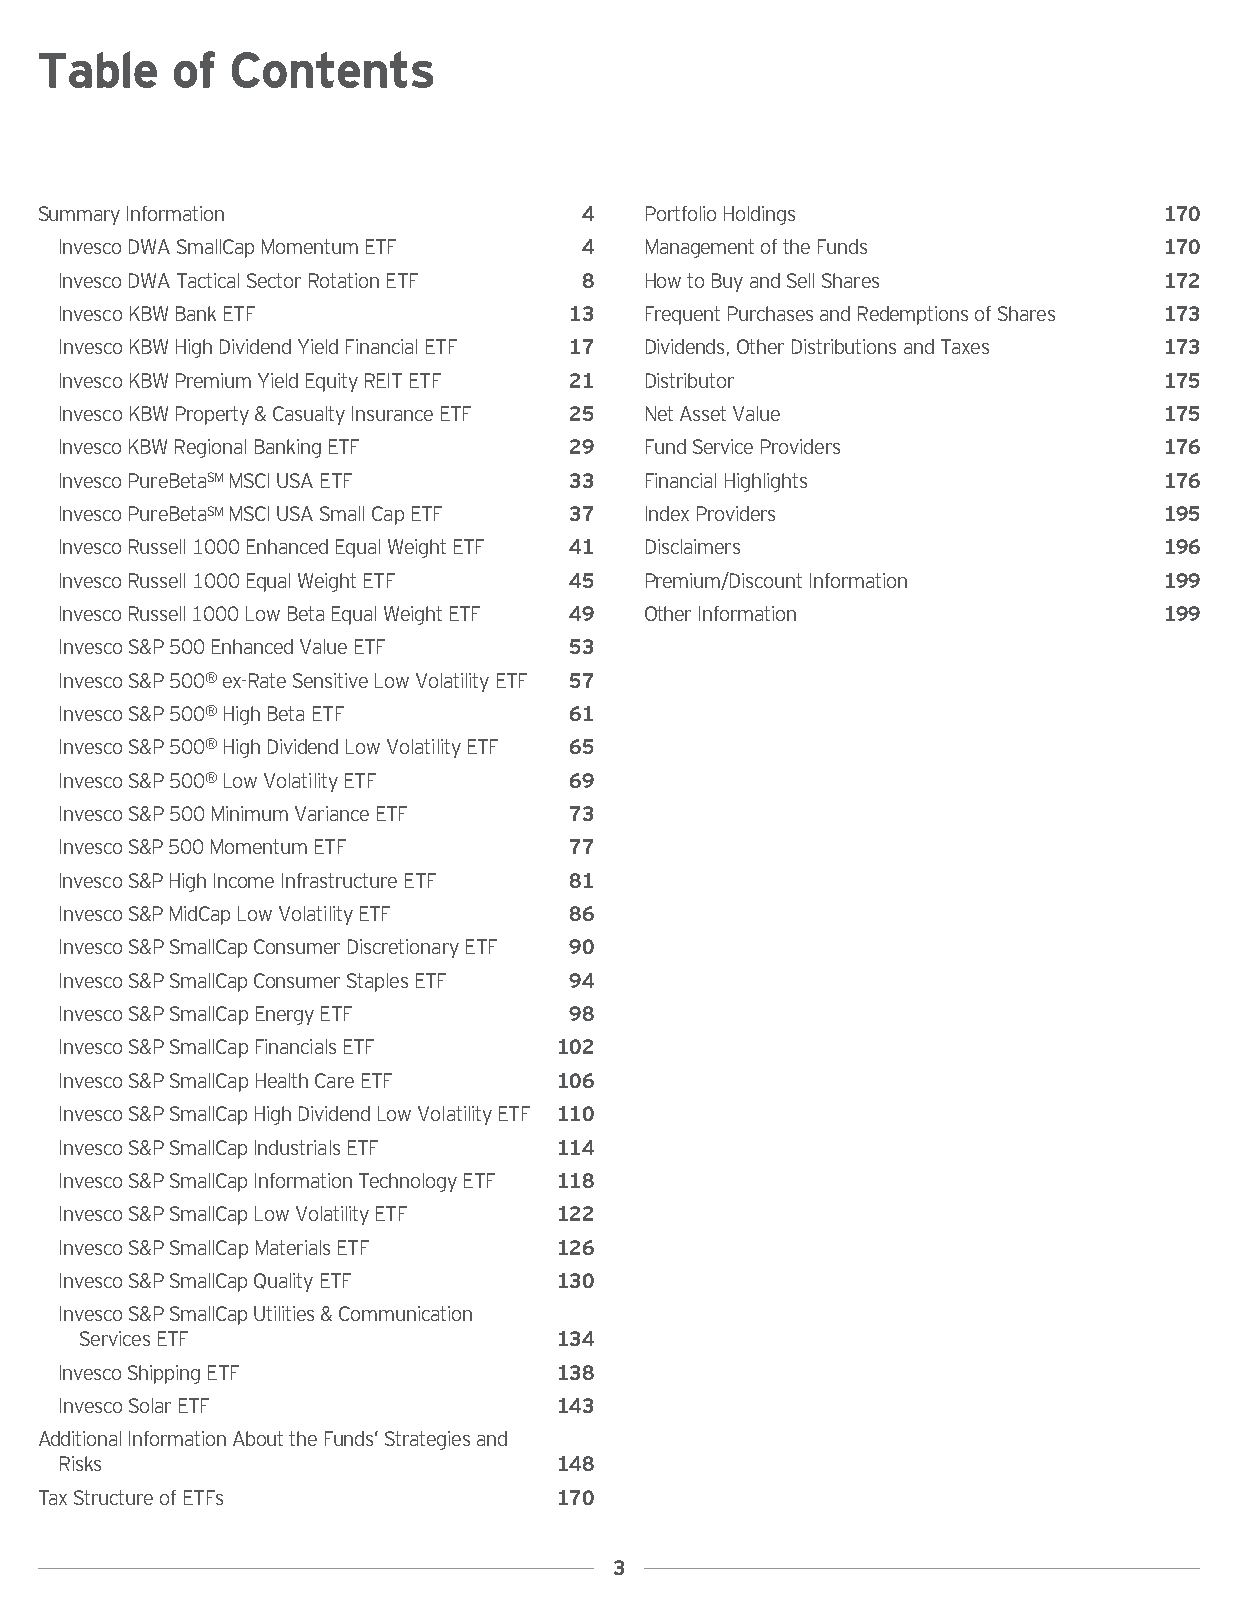
Table    of  Contents
 SummaryInformation                  4    PortfolioHoldings                 170
 InvescoDWASmallCapMomentumETF     4    ManagementoftheFunds              170
 InvescoDWATacticalSectorRotationETF 8  HowtoBuyandSellShares             172
 InvescoKBWBankETF                 13   FrequentPurchasesandRedemptionsofShares 173
 InvescoKBWHighDividendYieldFinancialETF 17 Dividends,OtherDistributionsandTaxes 173
 InvescoKBWPremiumYieldEquityREITETF 21 Distributor                       175
 InvescoKBWProperty&CasualtyInsuranceETF 25 NetAssetValue                 175
 InvescoKBWRegionalBankingETF      29   FundServiceProviders              176
 InvescoPureBetaSMMSCIUSAETF       33   FinancialHighlights               176
 InvescoPureBetaSMMSCIUSASmallCapETF 37 IndexProviders                    195
 InvescoRussell1000EnhancedEqualWeightETF 41 Disclaimers                  196
 InvescoRussell1000EqualWeightETF  45   Premium/DiscountInformation       199
 InvescoRussell1000LowBetaEqualWeightETF 49 OtherInformation              199
 InvescoS&P500EnhancedValueETF     53
 InvescoS&P500®ex-RateSensitiveLowVolatilityETF 57
 InvescoS&P500®HighBetaETF         61
 InvescoS&P500®HighDividendLowVolatilityETF 65
 InvescoS&P500®LowVolatilityETF    69
 InvescoS&P500MinimumVarianceETF   73
 InvescoS&P500MomentumETF          77
 InvescoS&PHighIncomeInfrastructureETF 81
 InvescoS&PMidCapLowVolatilityETF  86
 InvescoS&PSmallCapConsumerDiscretionaryETF 90
 InvescoS&PSmallCapConsumerStaplesETF 94
 InvescoS&PSmallCapEnergyETF       98
 InvescoS&PSmallCapFinancialsETF  102
 InvescoS&PSmallCapHealthCareETF  106
 InvescoS&PSmallCapHighDividendLowVolatilityETF 110
 InvescoS&PSmallCapIndustrialsETF 114
 InvescoS&PSmallCapInformationTechnologyETF 118
 InvescoS&PSmallCapLowVolatilityETF 122
 InvescoS&PSmallCapMaterialsETF   126
 InvescoS&PSmallCapQualityETF     130
 InvescoS&PSmallCapUtilities&Communication
 ServicesETF                     134
 InvescoShippingETF               138
 InvescoSolarETF                  143
 AdditionalInformationAbouttheFunds’Strategiesand
 Risks                            148
 TaxStructureofETFs                 170
 3